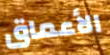
الأعماق